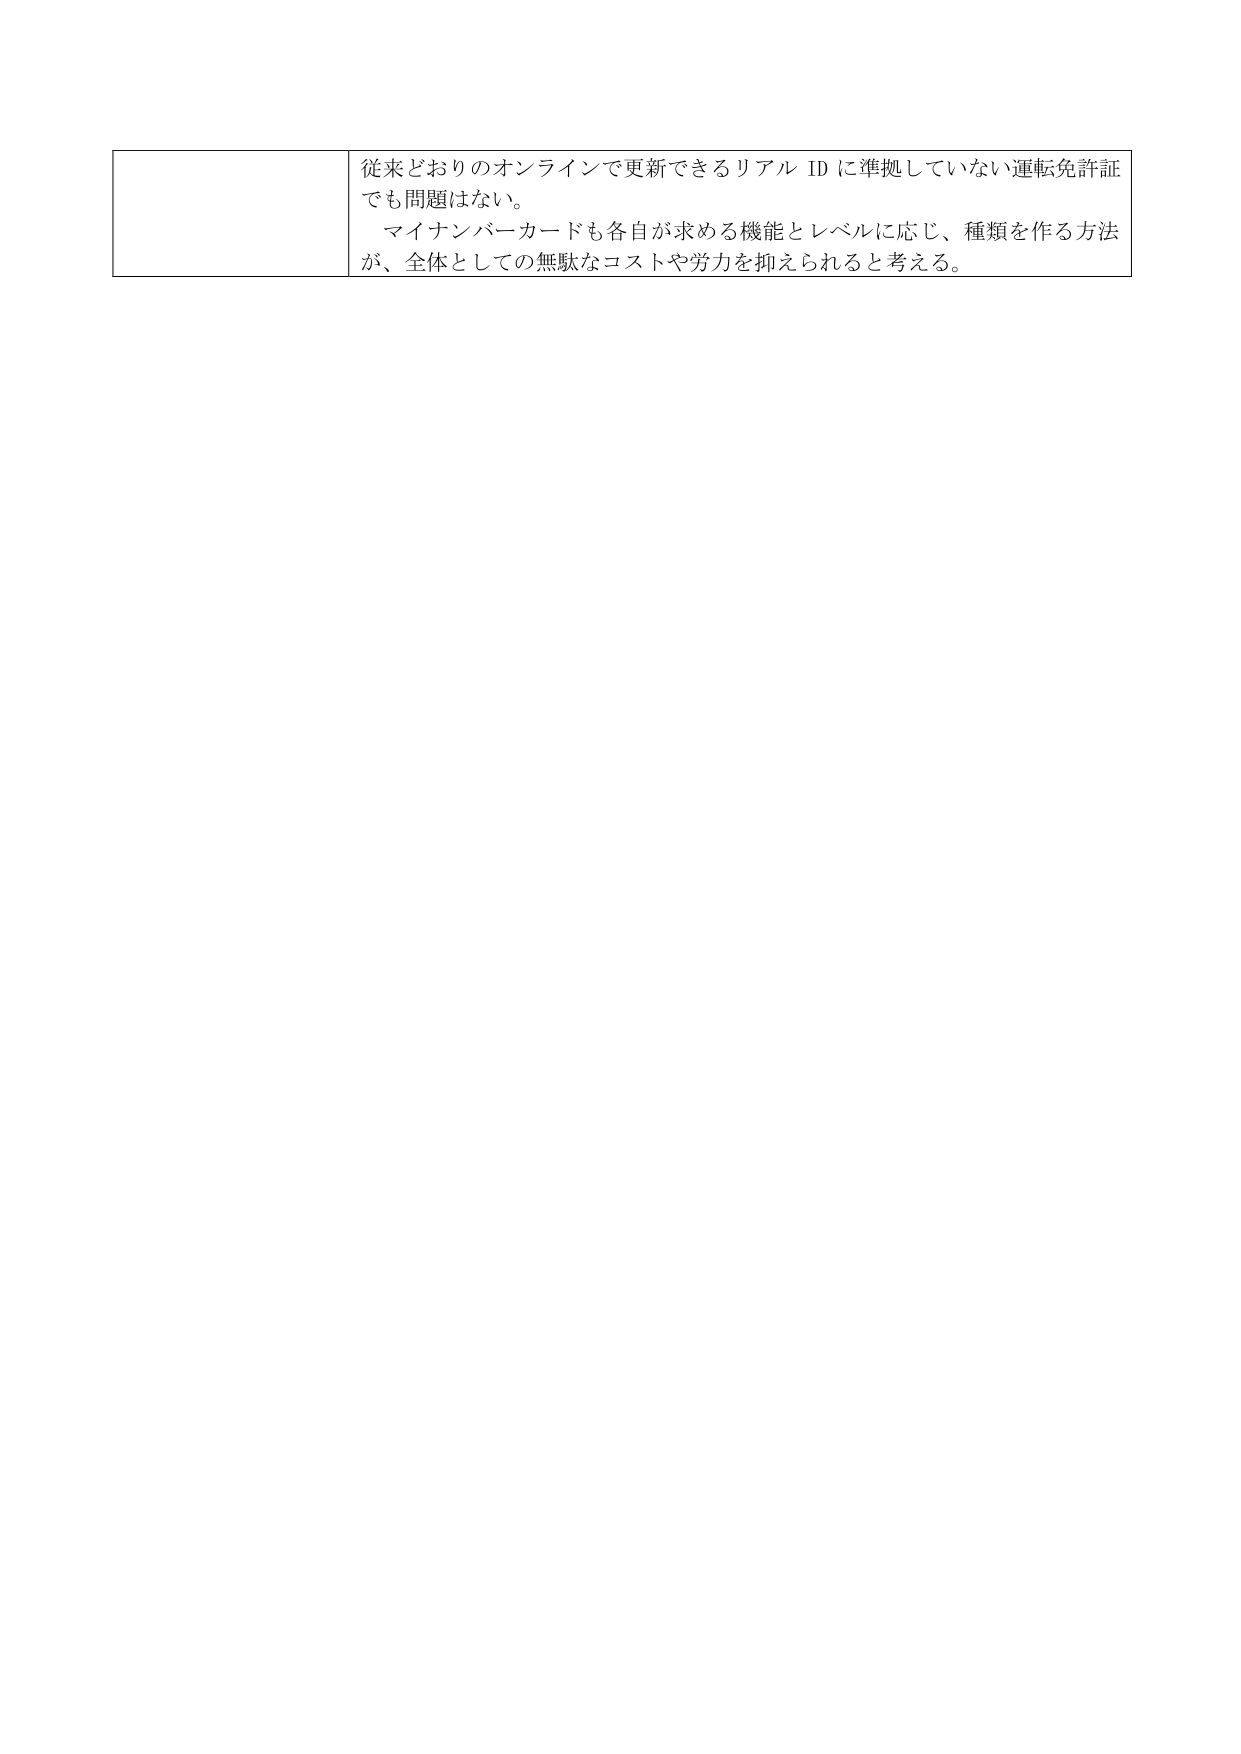
従来どおりのオンラインで更新できるリアル ID に準拠していない運転免許証
でも問題はない。
マイナンバーカードも各自が求める機能とレベルに応じ、種類を作る方法
が、全体としての無駄なコストや労力を抑えられると考える。